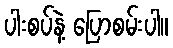
ပါးစပ်နဲ့ ပြောစမ်းပါ။